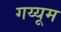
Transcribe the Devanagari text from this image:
गय्यूम